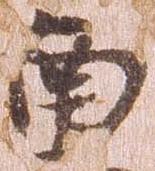
南